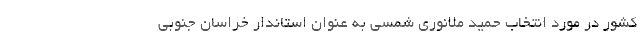
کشور در مورد انتخاب حمید ملانوری شمسی به عنوان استاندار خراسان جنوبی